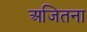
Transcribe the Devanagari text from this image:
अजितना